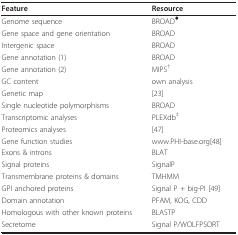
| Feature | Resource |
 | --- | --- |
 | Genome sequence | BROAD♦ |
 | Gene space and gene orientation | BROAD |
 | Intergenic space | BROAD |
 | Gene annotation (1) | BROAD |
 | Gene annotation (2) | MIPS† |
 | GC content | own analysis |
 | Genetic map | [23] |
 | Single nucleotide polymorphisms | BROAD |
 | Transcriptomic analyses | PLEXdb‡ |
 | Proteomics analyses | [47] |
 | Gene function studies | www.PHI-base.org[48] |
 | Exons & introns | BLAT |
 | Signal proteins | SignalP |
 | Transmembrane proteins & domains | TMHMM |
 | GPI anchored proteins | Signal P + big-PI [49] |
 | Domain annotation | PFAM, KOG, CDD |
 | Homologous with other known proteins | BLASTP |
 | Secretome | Signal P/WOLFPSORT |